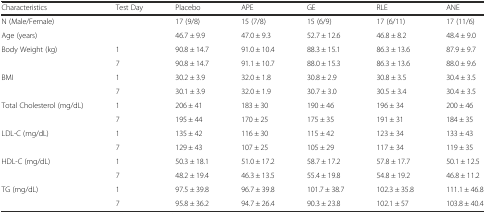
<table><thead><tr><td><b>Characteristics</b></td><td><b>Test Day</b></td><td><b>Placebo</b></td><td><b>APE</b></td><td><b>GE</b></td><td><b>RLE</b></td><td><b>ANE</b></td></tr></thead><tbody><tr><td>N (Male/Female)</td><td></td><td>17 (9/8)</td><td>15 (7/8)</td><td>15 (6/9)</td><td>17 (6/11)</td><td>17 (11/6)</td></tr><tr><td>Age (years)</td><td></td><td>46.7 ± 9.9</td><td>47.0 ± 9.3</td><td>52.7 ± 12.6</td><td>46.8 ± 8.2</td><td>48.4 ± 9.0</td></tr><tr><td>Body Weight (kg)</td><td>1</td><td>90.8 ± 14.7</td><td>91.0 ± 10.4</td><td>88.3 ± 15.1</td><td>86.3 ± 13.6</td><td>87.9 ± 9.7</td></tr><tr><td></td><td>7</td><td>90.8 ± 14.7</td><td>91.1 ± 10.7</td><td>88.0 ± 15.3</td><td>86.3 ± 13.6</td><td>88.0 ± 9.6</td></tr><tr><td>BMI</td><td>1</td><td>30.2 ± 3.9</td><td>32.0 ± 1.8</td><td>30.8 ± 2.9</td><td>30.8 ± 3.5</td><td>30.4 ± 3.5</td></tr><tr><td></td><td>7</td><td>30.1 ± 3.9</td><td>32.0 ± 1.9</td><td>30.7 ± 3.0</td><td>30.5 ± 3.4</td><td>30.4 ± 3.5</td></tr><tr><td>Total Cholesterol (mg/dL)</td><td>1</td><td>206 ± 41</td><td>183 ± 30</td><td>190 ± 46</td><td>196 ± 34</td><td>200 ± 46</td></tr><tr><td></td><td>7</td><td>195 ± 44</td><td>170 ± 25</td><td>175 ± 35</td><td>191 ± 31</td><td>184 ± 35</td></tr><tr><td>LDL-C (mg/dL)</td><td>1</td><td>135 ± 42</td><td>116 ± 30</td><td>115 ± 42</td><td>123 ± 34</td><td>133 ± 43</td></tr><tr><td></td><td>7</td><td>129 ± 43</td><td>107 ± 25</td><td>105 ± 29</td><td>117 ± 34</td><td>119 ± 35</td></tr><tr><td>HDL-C (mg/dL)</td><td>1</td><td>50.3 ± 18.1</td><td>51.0 ± 17.2</td><td>58.7 ± 17.2</td><td>57.8 ± 17.7</td><td>50.1 ± 12.5</td></tr><tr><td></td><td>7</td><td>48.2 ± 19.4</td><td>46.3 ± 13.5</td><td>55.4 ± 19.8</td><td>54.8 ± 19.2</td><td>46.8 ± 11.2</td></tr><tr><td>TG (mg/dL)</td><td>1</td><td>97.5 ± 39.8</td><td>96.7 ± 39.8</td><td>101.7 ± 38.7</td><td>102.3 ± 35.8</td><td>111.1 ± 46.8</td></tr><tr><td></td><td>7</td><td>95.8 ± 36.2</td><td>94.7 ± 26.4</td><td>90.3 ± 23.8</td><td>102.1 ± 57</td><td>103.8 ± 40.4</td></tr></tbody></table>